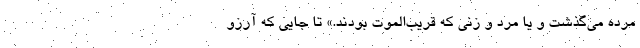
مرده می‌گذشت و یا مرد و زنی که قریب‌الموت بودند.» تا جایی که آرزو